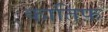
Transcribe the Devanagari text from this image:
कातिफ़